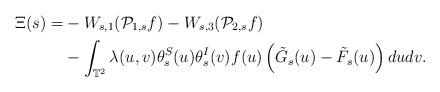
LaTeX: \begin{align*}\Xi(s)=&-W_{s,1}(\mathcal{P}_{1,s}f)-W_{s,3}(\mathcal{P}_{2,s}f)\\&-\int_{\mathbb{T}^2}\lambda(u,v)\theta_s^S(u)\theta_s^I(v)f(u)\left(\tilde{G}_s(u)-\tilde{F}_s(u)\right)dudv.\end{align*}